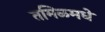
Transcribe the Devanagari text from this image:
तमिळमधे